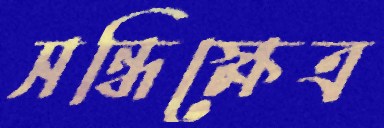
সন্ধিক্ষেত্র